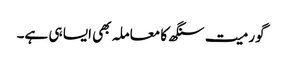
گورمیت سنگھ کا معاملہ بھی ایسا ہی ہے۔